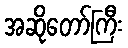
အဆိုတော်ကြီး